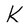
Character: K